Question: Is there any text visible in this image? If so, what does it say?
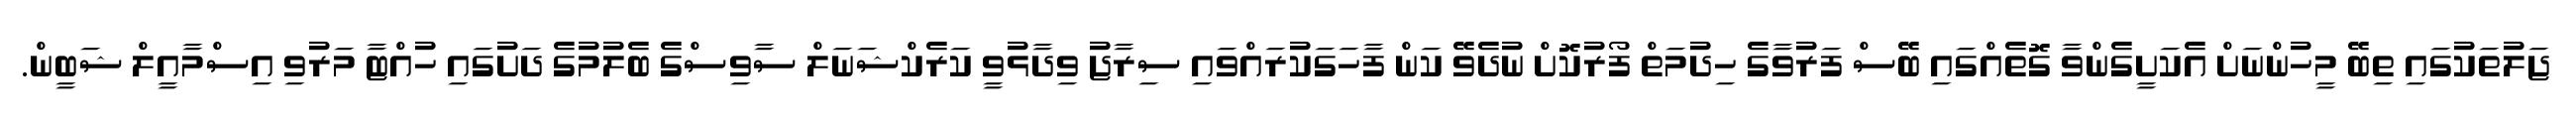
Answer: ޖަލުތަކުގައި ތިބޭ މީހުންނަށް އެކަށީގެންވާ ގޮތެއްގައި ބޭސް ފަރުވާގެ ހިދުމަތް ފޯރުކޮށް ނުދެވޭ ކަން ފާހަގަކުރައްވައި ސިރާޖު ވިދާޅުވީ ކަރެކްޝަނަލް ސާވިސްގެ ބެލުމުގެ ދަށުގައި ހުއްޓާ މަރުވި އިސްމާއީލް ޝަބީން.